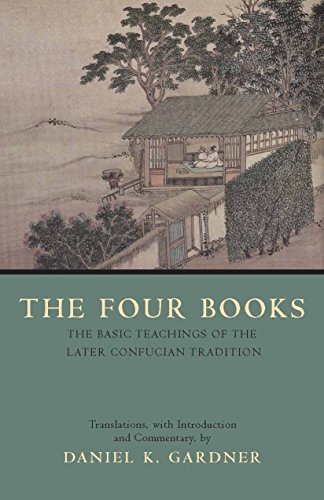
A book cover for The Four Books: The Basic Teachings of the Later Confucian Tradition; Daniel K. Gardner; Religion & Spirituality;